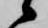
候